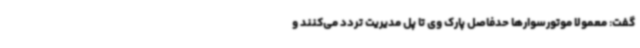
گفت: معمولا موتورسوارها حدفاصل پارک وی تا پل مدیریت تردد می‌کنند و